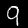
Label: 9